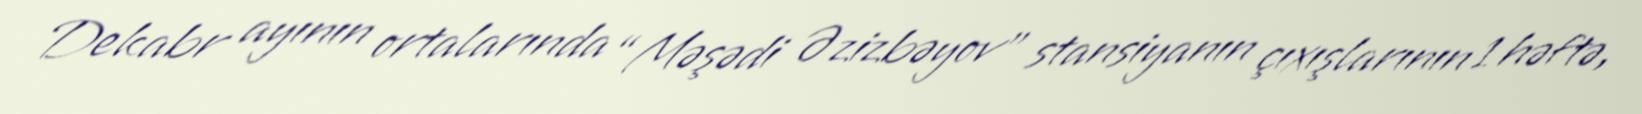
Dekabr ayının ortalarında “Məşədi Əzizbəyov” stansiyanın çıxışlarının 1 həftə,